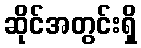
ဆိုင်အတွင်းရှိ